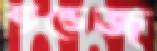
ব্যান্ডেজ